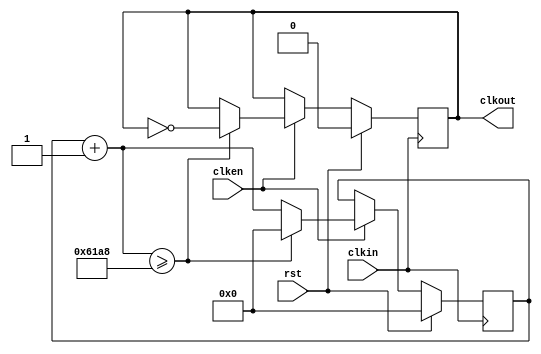
`timescale 1ns / 1ps
//////////////////////////////////////////////////////////////////////////////////
// Company: 
// Engineer: 
// 
// Design Name: 
// Module Name: clkgen
// Project Name: 
// Target Devices: 
// Tool Versions: 
// Description: 
// 
// Dependencies: 
// 
// Revision:
// Revision 0.01 - File Created
// Additional Comments:
// 
//////////////////////////////////////////////////////////////////////////////////


module clkgen(
    input clkin,
    input rst,
    input clken,
    output reg clkout
    );
    parameter clk_freq=1000;
    parameter countlimit=50000000/2/clk_freq; //
   //integer countlimit=8388;
   reg[31:0] clkcount;
   always @ (posedge clkin) 
    if(rst)
     begin
        clkcount=0;
        clkout=1'b0;
     end
    else
    begin
     if(clken)
        begin
            clkcount=clkcount+1;
            if(clkcount>=countlimit)
             begin
                clkcount=32'd0;
                clkout=~clkout;
             end
            else
                clkout=clkout;
         end
      else
        begin
             clkcount=clkcount;
             clkout=clkout;
        end
     end  
endmodule